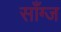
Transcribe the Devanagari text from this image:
साँग्ज